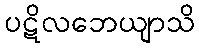
ပဋိလဘေယျာသိ